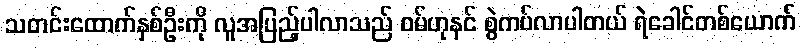
သတင်းထောက်နှစ်ဦးကို လူအပြည့်ပါလာသည် ဝမ်ဟုနင် စွဲကပ်လာပါတယ် ရဲခေါင်တစ်ယောက်